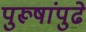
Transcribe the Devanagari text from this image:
पुरूषांपुढे